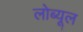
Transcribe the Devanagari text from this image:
लोब्यूल